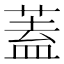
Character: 蓋